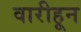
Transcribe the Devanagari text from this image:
वारीहून